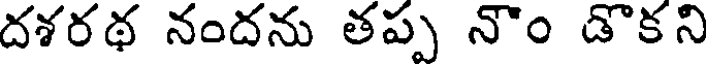
దశరథ నందను తప్ప నౌం డొకని